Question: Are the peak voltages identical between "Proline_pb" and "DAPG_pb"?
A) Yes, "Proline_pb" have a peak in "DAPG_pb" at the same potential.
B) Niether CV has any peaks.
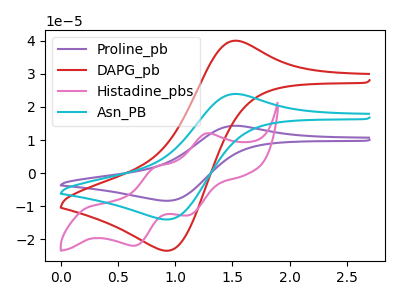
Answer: <think>The purple curve "Proline_pb" has an anodic peak at (1.50V, 47.85uA) and a cathodic peak at (0.95V, -28.10uA). The red curve "DAPG_pb" has an anodic peak at (1.50V, 40.05uA) and a cathodic peak at (0.95V, -23.50uA). The pink curve "Histadine_pbs" has anodic peaks at (1.25V, 11.95uA) (0.80V, 1.80uA) and cathodic peaks at (1.10V, -12.70uA) (0.65V, -22.00uA). The cyan curve "Asn_PB" has an anodic peak at (1.50V, 23.95uA) and a cathodic peak at (0.95V, -14.05uA).</think>
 <answer>A) Yes, "Proline_pb" have a peak in "DAPG_pb" at the same potential.</answer>
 <eval>A</eval>